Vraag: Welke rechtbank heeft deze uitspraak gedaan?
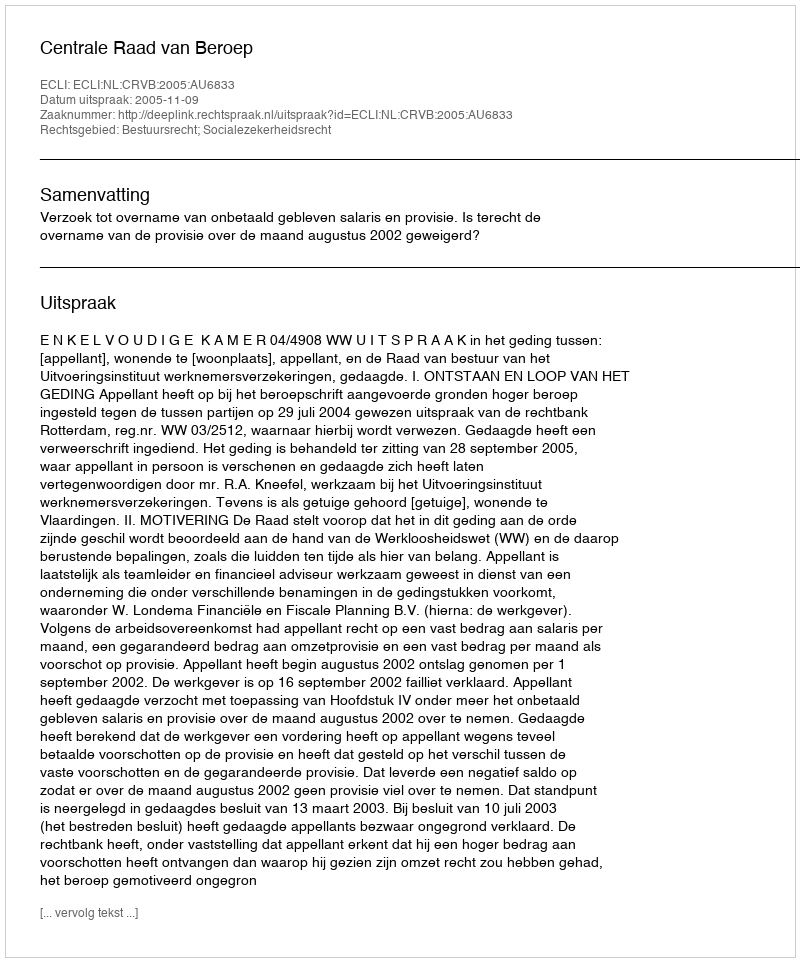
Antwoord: Centrale Raad van Beroep